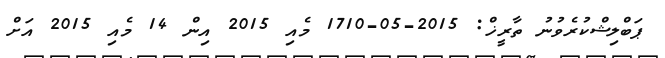
ޕަބްލިޝްކުރެވުނު ތާރީޚް: 2015-05-1710 މެއި 2015 އިން 14 މެއި 2015 އަށް